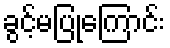
ခွင့်မပြုကြောင်း